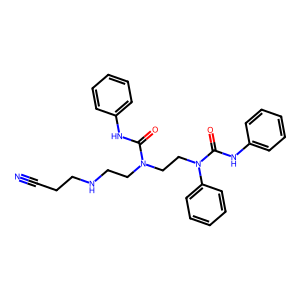
SMILES: N#CCCNCCN(CCN(C(=O)Nc1ccccc1)c1ccccc1)C(=O)Nc1ccccc1
Inhibits HIV replication: No